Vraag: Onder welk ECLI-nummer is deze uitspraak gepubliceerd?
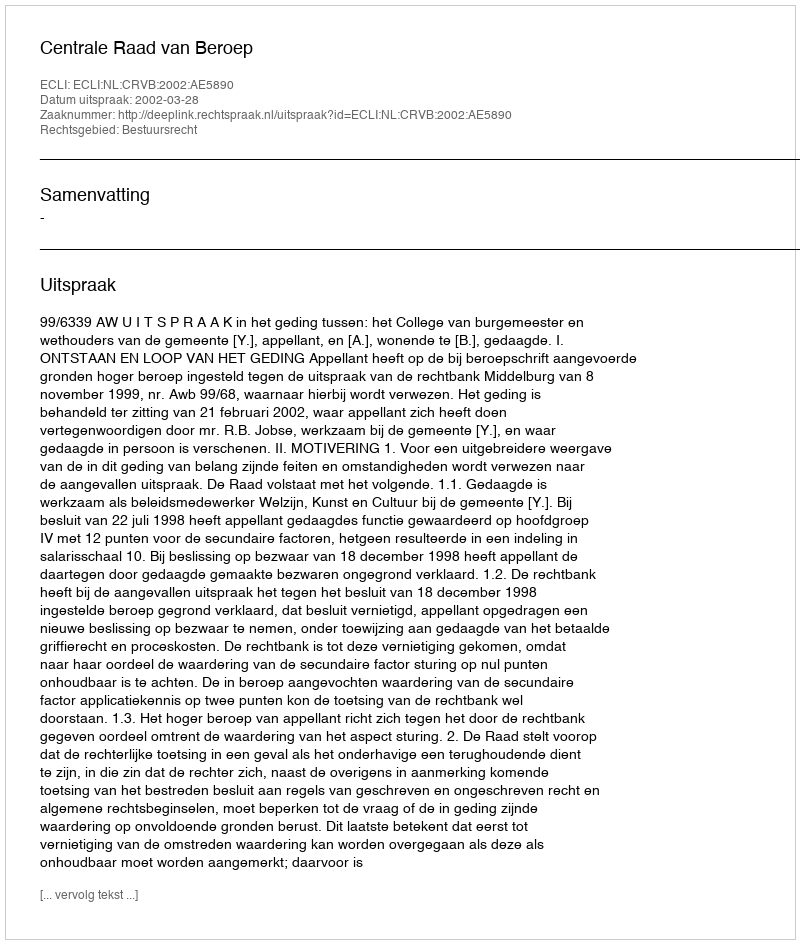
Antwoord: ECLI:NL:CRVB:2002:AE5890